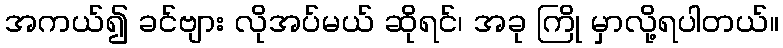
အကယ်၍ ခင်ဗျား လိုအပ်မယ် ဆိုရင်၊ အခု ကြို မှာလို့ရပါတယ်။